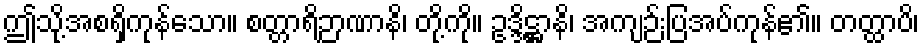
ဤသို့အစရှိကုန်သော။ စတ္တာရိဉာဏာနိ၊ တို့ကို။ ဥဒ္ဒိဋ္ဌာနိ၊ အကျဉ်းပြအပ်ကုန်၏။ တတ္ထာပိ၊